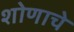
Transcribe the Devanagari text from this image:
शोणाचे